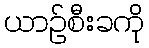
ယာဉ်စီးခကို